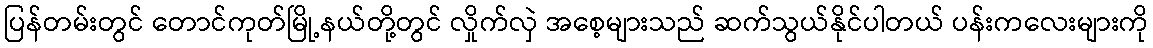
ပြန်တမ်းတွင် တောင်ကုတ်မြို့နယ်တို့တွင် လှိုက်လှဲ အစေ့များသည် ဆက်သွယ်နိုင်ပါတယ် ပန်းကလေးများကို